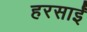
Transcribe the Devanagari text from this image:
हरसाईं